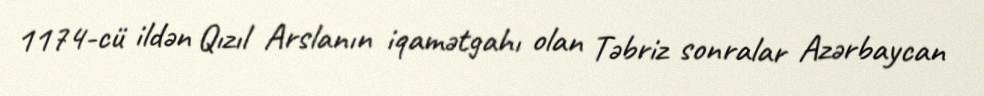
1174-cü ildən Qızıl Arslanın iqamətgahı olan Təbriz sonralar Azərbaycan